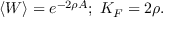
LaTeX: \langle W \rangle = e ^ { - 2 \rho A } ; \; K _ { F } = 2 \rho .